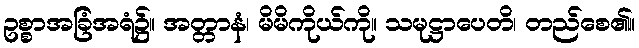
ဥစ္စာအခြံအရံ၌။ အတ္တာနံ၊ မိမိကိုယ်ကို။ သမုဋ္ဌာပေတိ၊ တည်စေ၏။